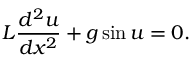
L { \frac { d ^ { 2 } u } { d x ^ { 2 } } } + g \sin u = 0 .